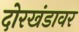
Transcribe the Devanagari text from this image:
दोरखंडावर